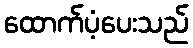
ထောက်ပံ့ပေးသည်